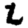
Digit: 2